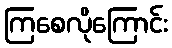
ကြစေလိုကြောင်း